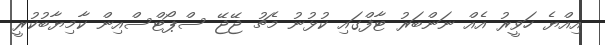
އިއްޔެ ހަވީރު އެއް ނަންބަރު ޓާފްގައި ކުޅުނު މެޗު ޖޭޖޭ ސްޕޯޓްސްއިން ކާމިޔާބުކުރީ